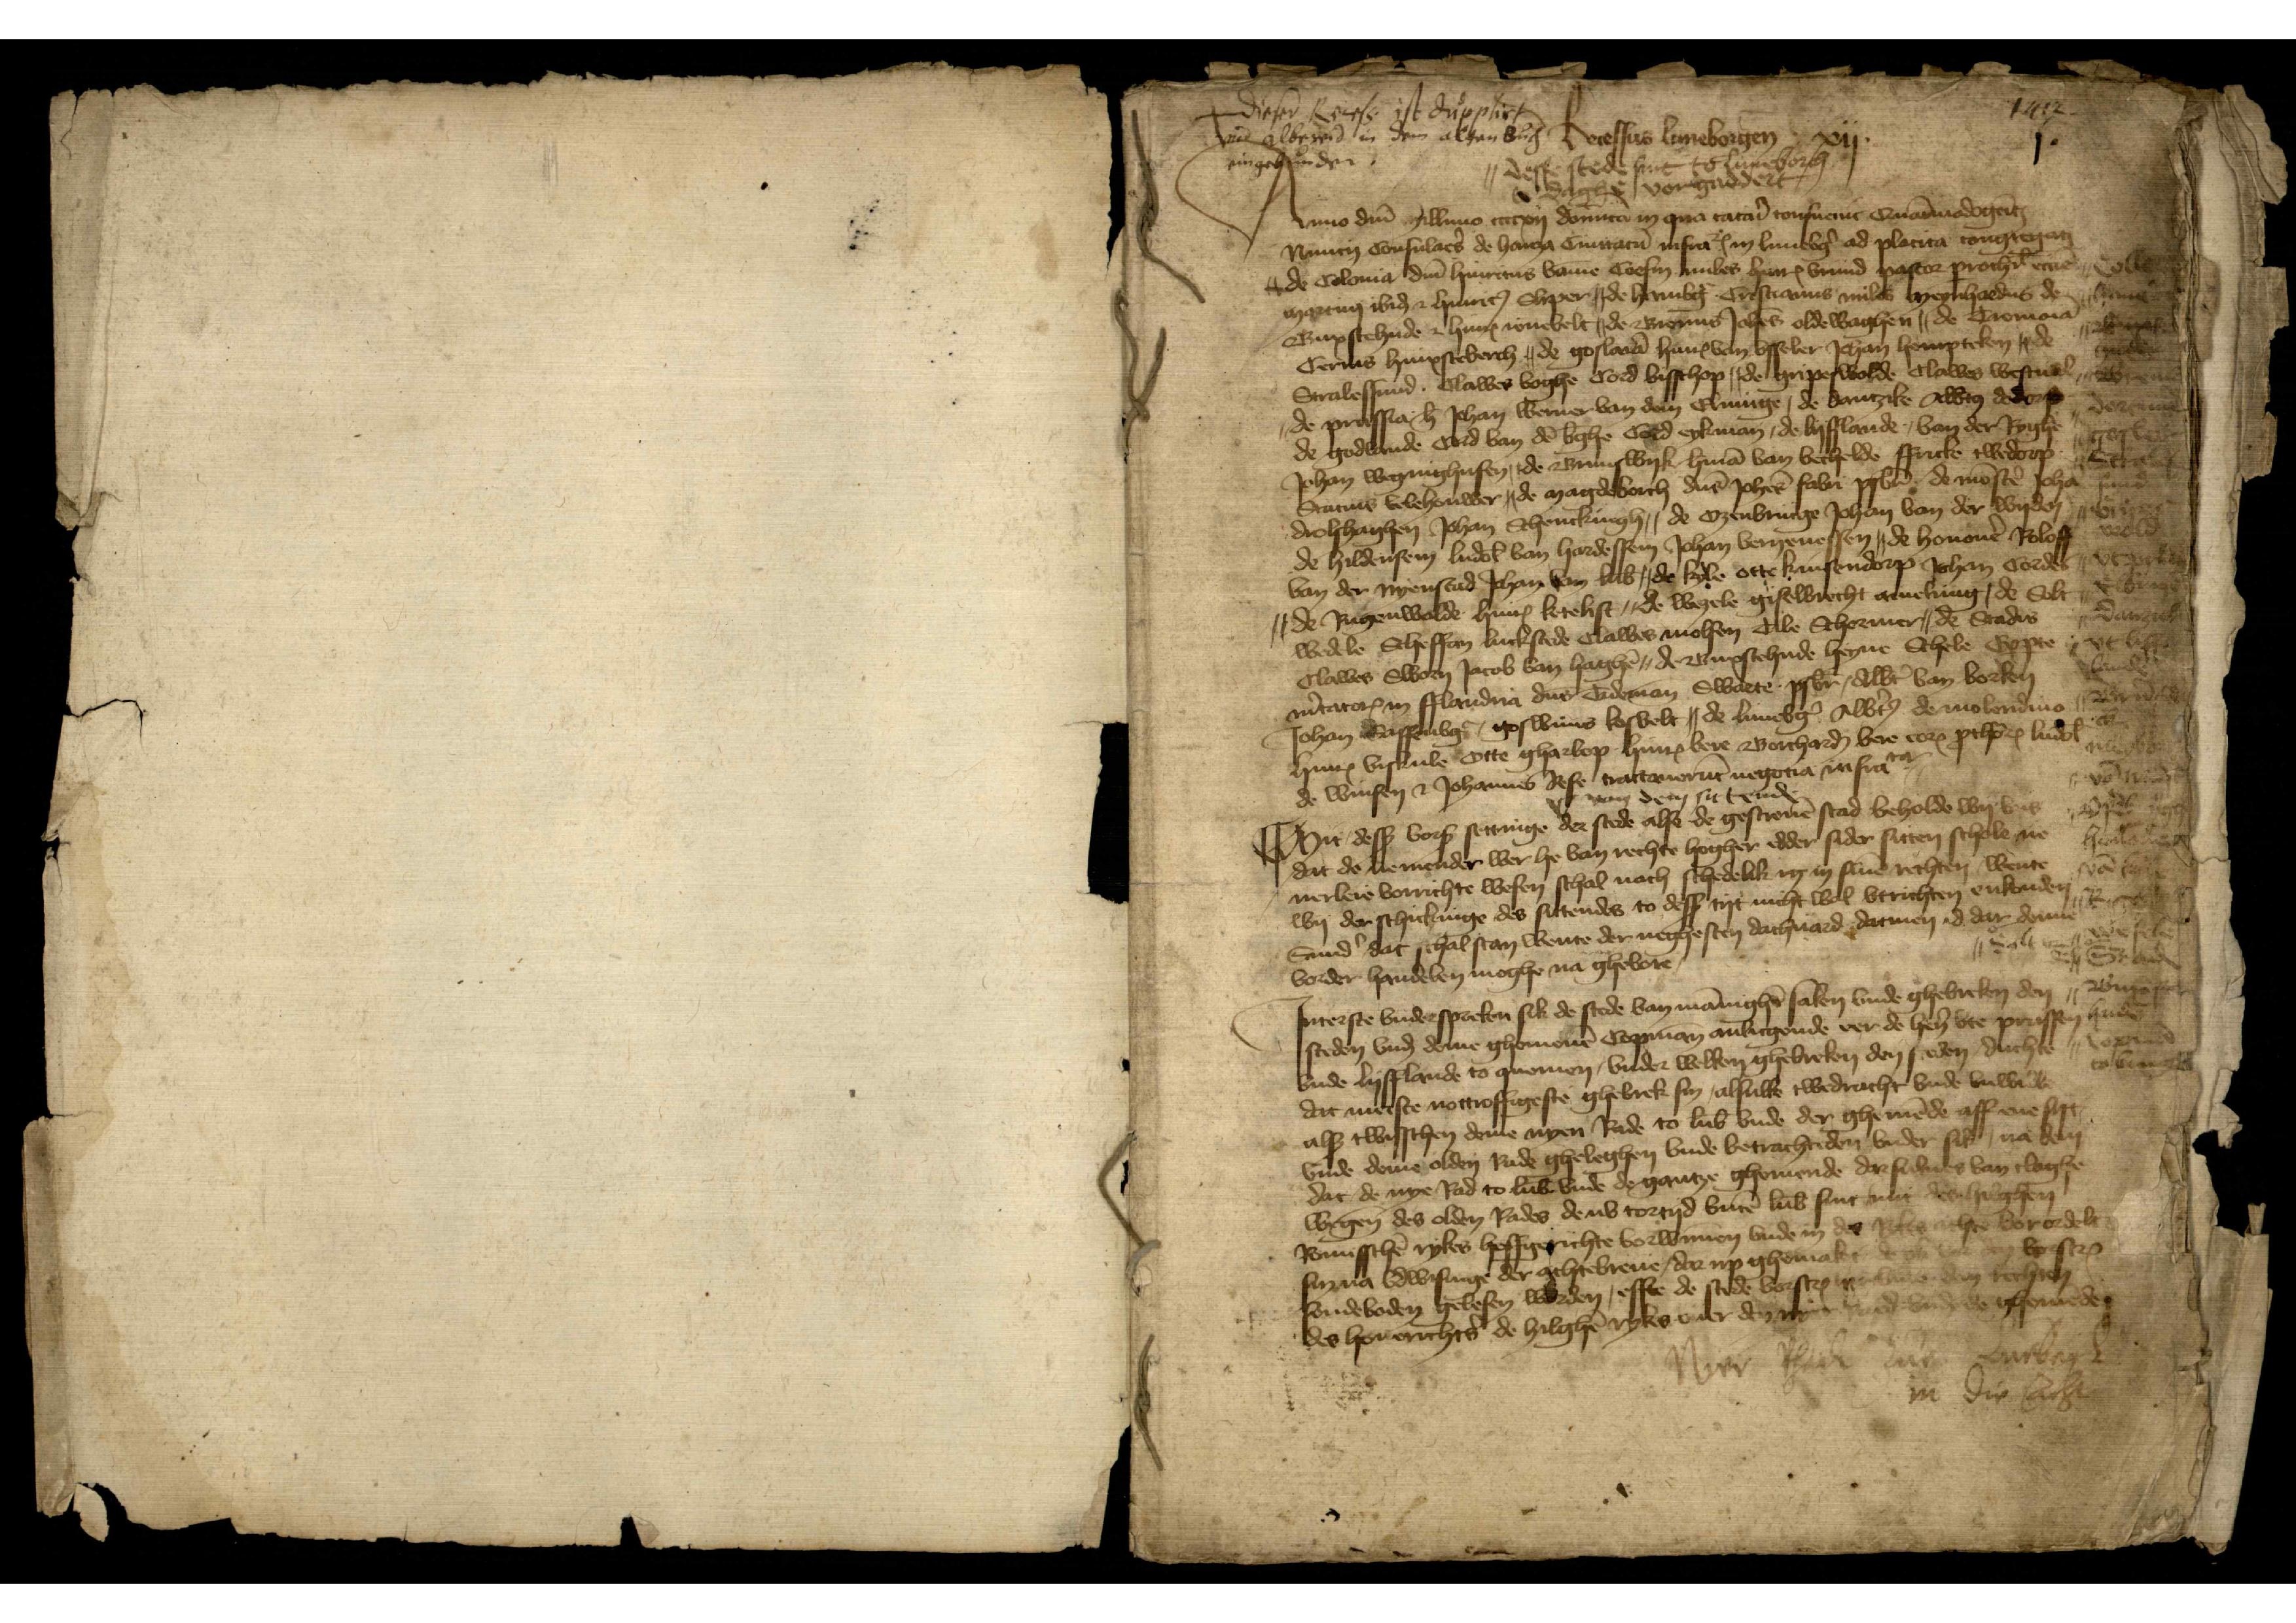
Dieser Recess ist dupplirt
vnd albereid in dem alten Buch
eingebunden.

V van dem sittende

1412

1.

Recessus Luneborgeņ xij
Desse stede sint to Luneborch
to daghe vorgaddert
Anno dnī millimo ccccxij dominica in qua cataỉ consuevit Quaīmodogeītj
nuncij Consulaẻs de hanza Ciuitatū infraetꝬ in Lunebg̉ ad placita congregatj
de Colonia dnī Hinricus vam̄e Coesin miles HinrꝬ vrund pastor ꝑrochil̄ ecclē
martinj ibiḑ et HinrꝬ Sliper,, de Hambg̉ Cristianus miles Meynhardus de
Buxstehude et HinrꝬ ionevelt,, de Bremis Johes Oldewaghen,, de Tremoia
Cerius Hinxsteberch,, de Goslaỉa HinrꝬ van Vsseler Johan Hompteken,, de
Stralessund Clawes Voghe Cord Bisschop,, de Gripeswolde Clawes Westual,,
de Prussia h̄ Johan Werner van dem Elvinge, de Dantzike Alb̉to̧ Dodorp
de Godlande Cord van dē b̉ghe Cord Eykman, de Lyfflande, van der Ryghe
Johan Weginghusen,, de Brunswyk H̉mā van Vechelde Ffricke Twedorp
Statius Velehouwer,, de Magdeborch dns̄ Johes̄ Fabri psbr̄ de Mōstẻ Joha
Drolshaghen Johan Schenckingh, de Ozenbrucge Johan van der Wyden
de Hildensem Ludōl van Hardessen Johan Verneuessen,, de Honouẻ Roloff
van der Nyenstad Johan van Lub̄,, de Kyle Otte Krusendorp Johan Cordes
,, de Regenwolde HinrꝬ Ketelist,, de Wezele Giselbrecht Amelung, de Solt¬
wedele Stheffan Luckstede Clawes Molsen Tile Schermer,, de Stadis
Clawes Sworn Jacob van Haghē,, de Buxstehude Heyne Schele Ex ꝑte
m̉catorꝬ in Fflandria dns̄ Tideman Swarte psbr̄, Albt̉ van Borken
Johan Sassenbg̉, Goswinus Kosvelt,, de Lunebg̉ Albt̉o̧ de Molendino
HinrꝬ Viskule Otte Gharlop HinrꝬ Bere Borchardj Bere eorꝬ pthoͣrꝬ Ludol̄
de Winsen et Johannes Rese tractauerūt negotia infrata,

Mit desß vorß settinge der stede alse de gescreuē stad beholde wy vns
dat de nemender wer he van rechte hogher edder sider sitten schole ne¬
nerleie vorrichte wesen schal noch schedelik in in sinē rechten wente
wy der schickinge des sittendes to desß tyt nicht woll vtrichten enkonden
Sund̉ dat schal stan wente der neghesten dachuard darmen id dar denne 
vorder handelen moghe na ghebore,

Interste vnderspreken sik de stede van mānighē saken vnde ghebreken den
steden vnd deme ghemenē Copman̄ anliegende eer de hẻn vte Prussen
vnde Lyfflande to quemen, vnder welken ghebreken den steden duchte
dat meeste notroffigeste ghebrek sin, alsulke twedracht vnde vnwille
alß twisschen deme nyen Rade to Lub̄ vnde der ghemēde aff enesyt
vnde deme olden Rade gheleghen vnde betrachteden vnder sik, na dem
dat de nye Rad to Lub̄ vnde de gantze ghomende darsulues van claghe
wegen des olden Rades dies tortyd binē Lub̄ sint mit des hilghen
Romisschē rykes hoffgerichte vorwnuen vnde in des Rykes achte vorordele
sin na udwisinge der achtebreue, dar up ghemaket de ok vor den vorscrꝬ 
sendeboden gelesen worden, effte den stede vorscrꝬ hir um̄e dem rechten 
des hoverichts̉ de hilghē ryks over den nyen Raed vnde de ghemēde

Nier Rhadt zur Luebeck
in die Acht

Colle
Ham
Bruns¬
wick
Bremē
Dortmū
Goslar
Strales¬
sund
Gripes¬
wold
vt prussen
Elbinge
Danzick
vt Liff¬
lande
Brūe
x
Meydborg
vā Munster
Osēbrugg
Hildensē
vā Kyle
Rierd
Wesele
Solt we¬
dell
Stade
Buxste¬
hude
Copmā
to Brucge